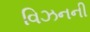
વિઝનની